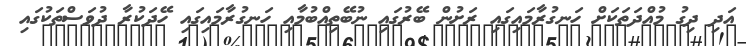
އަދި ދިގު މުއްދަތަކަށް ހަނގުރާމައިގައި ރަށުން ބޭރުގައި ނުބޭތިއްބުމާއި ހަނގުރާމައިގައި ހޭދަކުރާ ދުވަސްތަކުގައި